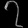
Digit: ၇